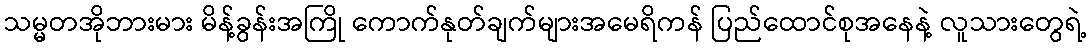
သမ္မတအိုဘားမား မိန့်ခွန်းအကြို ကောက်နုတ်ချက်များအမေရိကန် ပြည်ထောင်စုအနေနဲ့ လူသားတွေရဲ့